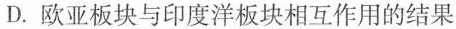
D.欧亚板块与印度洋板块相互作用的结果